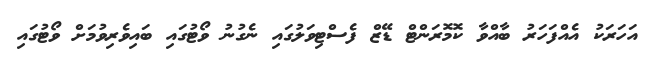
އަހަރަކު އެއްފަހަރު ބާއްވާ ކޮމޮރަންޓް ޑޭޒް ފެސްޓިވަލުގައި ނެގުނު ވޯޓުގައި ބައިވެރިވުމަށް ވޯޓުގައި